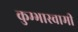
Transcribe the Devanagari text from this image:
कुम्भास्वामी